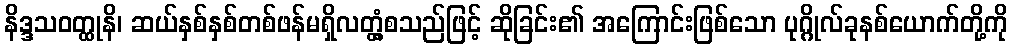
နိဒ္ဒသဝတ္ထုနိ၊ ဆယ်နှစ်နှစ်တစ်ဖန်မရှိလတ္တံ့စသည်ဖြင့် ဆိုခြင်း၏ အကြောင်းဖြစ်သော ပုဂ္ဂိုလ်ခုနစ်ယောက်တို့ကို